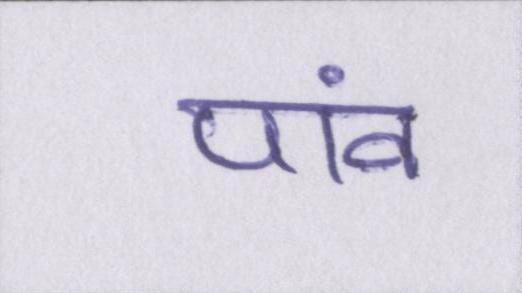
पांव